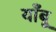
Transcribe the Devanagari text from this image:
याँबू